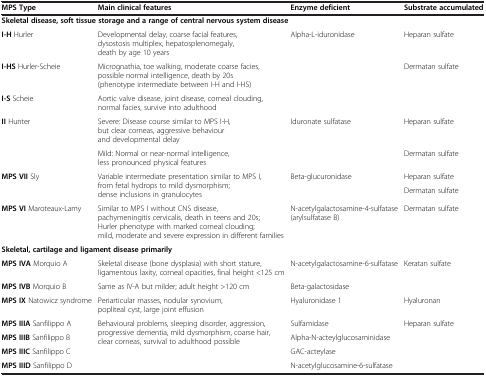
<table><thead><tr><td><b>MPS Type</b></td><td><b>Main clinical features</b></td><td><b>Enzyme deficient</b></td><td><b>Substrate accumulated</b></td></tr></thead><tbody><tr><td colspan="4"><b>Skeletal disease, soft tissue storage and a range of central nervous system disease</b></td></tr><tr><td><b>I-H</b> Hurler</td><td>Developmental delay, coarse facial features, dysostosis multiplex, hepatosplenomegaly, death by age 10 years</td><td>Alpha-L-iduronidase</td><td>Heparan sulfate</td></tr><tr><td><b>I-HS</b> Hurler-Scheie</td><td>Micrognathia, toe walking, moderate coarse facies, possible normal intelligence, death by 20s (phenotype intermediate between I-H and I-HS)</td><td rowspan="2"> </td><td rowspan="2">Dermatan sulfate</td></tr><tr><td><b>I-S</b> Scheie</td><td>Aortic valve disease, joint disease, corneal clouding, normal facies, survive into adulthood</td></tr><tr><td rowspan="2"><b>II</b> Hunter</td><td>Severe: Disease course similar to MPS I-H, but clear corneas, aggressive behaviour and developmental delay</td><td rowspan="2">Iduronate sulfatase</td><td>Heparan sulfate</td></tr><tr><td>Mild: Normal or near-normal intelligence, less pronounced physical features</td><td>Dermatan sulfate</td></tr><tr><td rowspan="2"><b>MPS VII</b> Sly</td><td rowspan="2">Variable intermediate presentation similar to MPS I, from fetal hydrops to mild dysmorphism; dense inclusions in granulocytes</td><td rowspan="2">Beta-glucuronidase</td><td>Heparan sulfate</td></tr><tr><td>Dermatan sulfate</td></tr><tr><td><b>MPS VI</b> Maroteaux-Lamy</td><td>Similar to MPS I without CNS disease, pachymeningitis cervicalis, death in teens and 20s; Hurler phenotype with marked corneal clouding; mild, moderate and severe expression in different families</td><td>N-acetylgalactosamine-4-sulfatase (arylsulfatase B)</td><td>Dermatan sulfate</td></tr><tr><td colspan="4"><b>Skeletal, cartilage and ligament disease primarily</b></td></tr><tr><td><b>MPS IVA</b> Morquio A</td><td>Skeletal disease (bone dysplasia) with short stature, ligamentous laxity, corneal opacities, final height &lt;125 cm</td><td>N-acetylgalactosamine-6-sulfatase</td><td rowspan="2">Keratan sulfate</td></tr><tr><td><b>MPS IVB</b> Morquio B</td><td>Same as IV-A but milder; adult height &gt;120 cm</td><td>Beta-galactosidase</td></tr><tr><td><b>MPS IX</b> Natowicz syndrome</td><td>Periarticular masses, nodular synovium, popliteal cyst, large joint effusion</td><td>Hyaluronidase 1</td><td>Hyaluronan</td></tr><tr><td><b>MPS IIIA</b> Sanfilippo A</td><td rowspan="4">Behavioural problems, sleeping disorder, aggression, progressive dementia, mild dysmorphism, coarse hair, clear corneas, survival to adulthood possible</td><td>Sulfamidase</td><td rowspan="4">Heparan sulfate</td></tr><tr><td><b>MPS IIIB</b> Sanfilippo B</td><td>Alpha-N-acteylglucosaminidase</td></tr><tr><td><b>MPS IIIC</b> Sanfilippo C</td><td>GAC-acteylase</td></tr><tr><td><b>MPS IIID</b> Sanfilippo D</td><td>N-acetylglucosamine-6-sulfatase</td></tr></tbody></table>